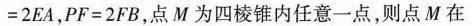
$$= 2 E A$$，$$P F = 2 F B$$，点M为四棱锥内任意一点，则点M在